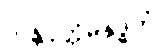
သန္တဝုတ္တိမနုဒ္ဓတံ